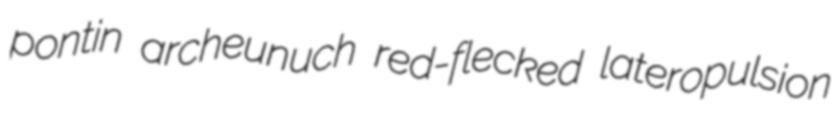
pontin archeunuch red-flecked lateropulsion